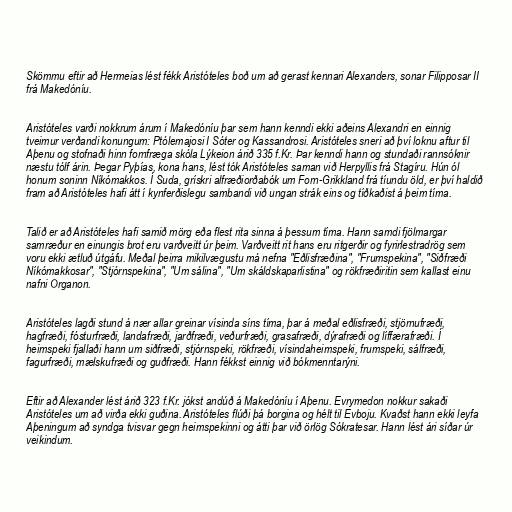
Skömmu eftir að Hermeias lést fékk Aristóteles boð um að gerast kennari Alexanders, sonar Filipposar II
frá Makedóníu.

Aristóteles varði nokkrum árum í Makedóníu þar sem hann kenndi ekki aðeins Alexandri en einnig
tveimur verðandi konungum: Ptólemajosi I Sóter og Kassandrosi. Aristóteles sneri að því loknu aftur til
Aþenu og stofnaði hinn fornfræga skóla Lýkeion árið 335 f.Kr. Þar kenndi hann og stundaði rannsóknir
næstu tólf árin. Þegar Pyþías, kona hans, lést tók Aristóteles saman við Herpyllis frá Stagíru. Hún ól
honum soninn Níkómakkos. Í Suda, grískri alfræðiorðabók um Forn-Grikkland frá tíundu öld, er því haldið
fram að Aristóteles hafi átt í kynferðislegu sambandi við ungan strák eins og tíðkaðist á þeim tíma.

Talið er að Aristóteles hafi samið mörg eða flest rita sinna á þessum tíma. Hann samdi fjölmargar
samræður en einungis brot eru varðveitt úr þeim. Varðveitt rit hans eru ritgerðir og fyrirlestradrög sem
voru ekki ætluð útgáfu. Meðal þeirra mikilvægustu má nefna "Eðlisfræðina", "Frumspekina", "Siðfræði
Níkómakkosar", "Stjórnspekina", "Um sálina", "Um skáldskaparlistina" og rökfræðiritin sem kallast einu
nafni Organon.

Aristóteles lagði stund á nær allar greinar vísinda síns tíma, þar á meðal eðlisfræði, stjörnufræði,
hagfræði, fósturfræði, landafræði, jarðfræði, veðurfræði, grasafræði, dýrafræði og líffærafræði. Í
heimspeki fjallaði hann um siðfræði, stjórnspeki, rökfræði, vísindaheimspeki, frumspeki, sálfræði,
fagurfræði, mælskufræði og guðfræði. Hann fékkst einnig við bókmenntarýni.

Eftir að Alexander lést árið 323 f.Kr. jókst andúð á Makedóníu í Aþenu. Evrymedon nokkur sakaði
Aristóteles um að virða ekki guðina. Aristóteles flúði þá borgina og hélt til Evboju. Kvaðst hann ekki leyfa
Aþeningum að syndga tvisvar gegn heimspekinni og átti þar við örlög Sókratesar. Hann lést ári síðar úr
veikindum.